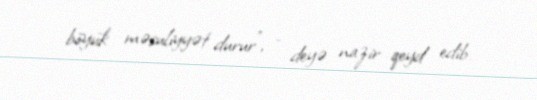
böyük məsuliyyət durur”, - deyə nazir qeyd edib.